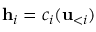
{ \bf h } _ { i } = c _ { i } ( { \bf u } _ { < i } )